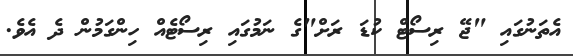
އެތަނުގައި "ޖޭ ރިސޯޓް ކުޑަ ރަށް"ގެ ނަމުގައި ރިސޯޓެއް ހިންގަމުން ދެ އެވެ.